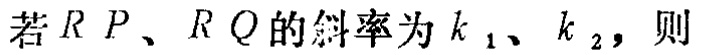
若 \(RP、RQ\) 的斜率为 \(k_1、k_2\)，则